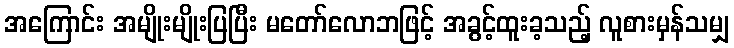
အကြောင်း အမျိုးမျိုးပြပြီး မတော်လောဘဖြင့် အခွင့်ထူးခ့သည့် လူစားမှန်သမျှ